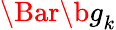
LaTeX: \Bar{\b{g}}_{k}